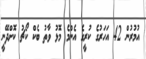
އުމުރުން 42 އަހަރުގެ ކުރީގެ އެންމެ މޮޅު ވާތު ބެކް ކޯޗު ކޮށްދޭނީ